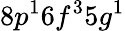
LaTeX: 8p^{1}6f^{3}5g^{1}